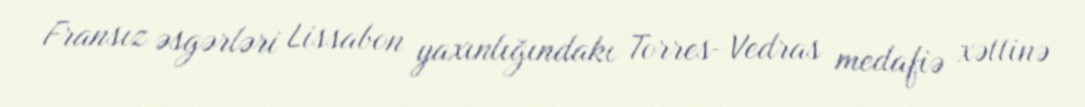
Fransız əsgərləri Lissabon yaxınlığındakı Torres-Vedras medafiə xəttinə